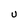
Character: u